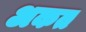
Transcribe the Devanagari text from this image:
अकत